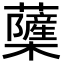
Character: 𮓌